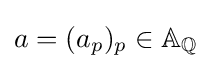
a=(a_{p})_{p}\in \mathbb {A} _{\mathbb {Q} }